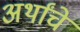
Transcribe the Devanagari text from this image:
अर्थांचे